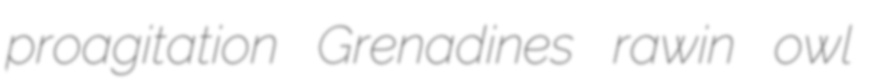
proagitation Grenadines rawin owl